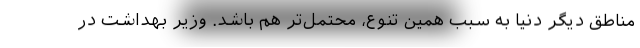
مناطق دیگر دنیا به سبب همین تنوع، محتمل‌تر هم باشد. وزیر بهداشت در